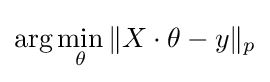
\arg \min _{\theta }\|X\cdot \theta -y\|_{p}